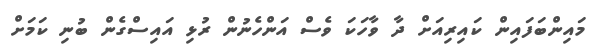
މައިންބަފައިން ކައިރިއަށް ދާ ވާހަކަ ވެސް އަންހެނުން ރުޅި އައިސްގެން ބުނި ކަމަށް